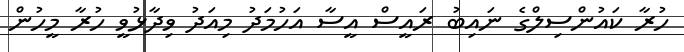
ހުރާ ކައުންސިލްގެ ނައިބު ރައީސް އީސާ އަހުމަދު މިއަދު ވިދާޅުވީ ހުރާ މީހުން